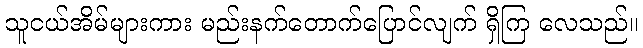
သူငယ်အိမ်များကား မည်းနက်တောက်ပြောင်လျက် ရှိကြ လေသည်။